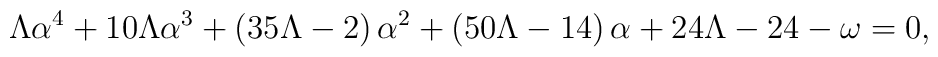
\Lambda \alpha ^4+10\Lambda \alpha ^3+\left( 35\Lambda-2\right)\alpha ^2+\left( 50\Lambda -14\right) \alpha +24\Lambda -24-\omega=0,